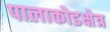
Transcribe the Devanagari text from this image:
पालाकोडक्षेत्र